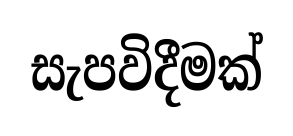
සැපවිදීමක්